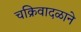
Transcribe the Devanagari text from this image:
चक्रिवादळाने